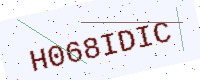
Text: H068IDIC